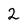
Character: 2